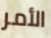
الأمر